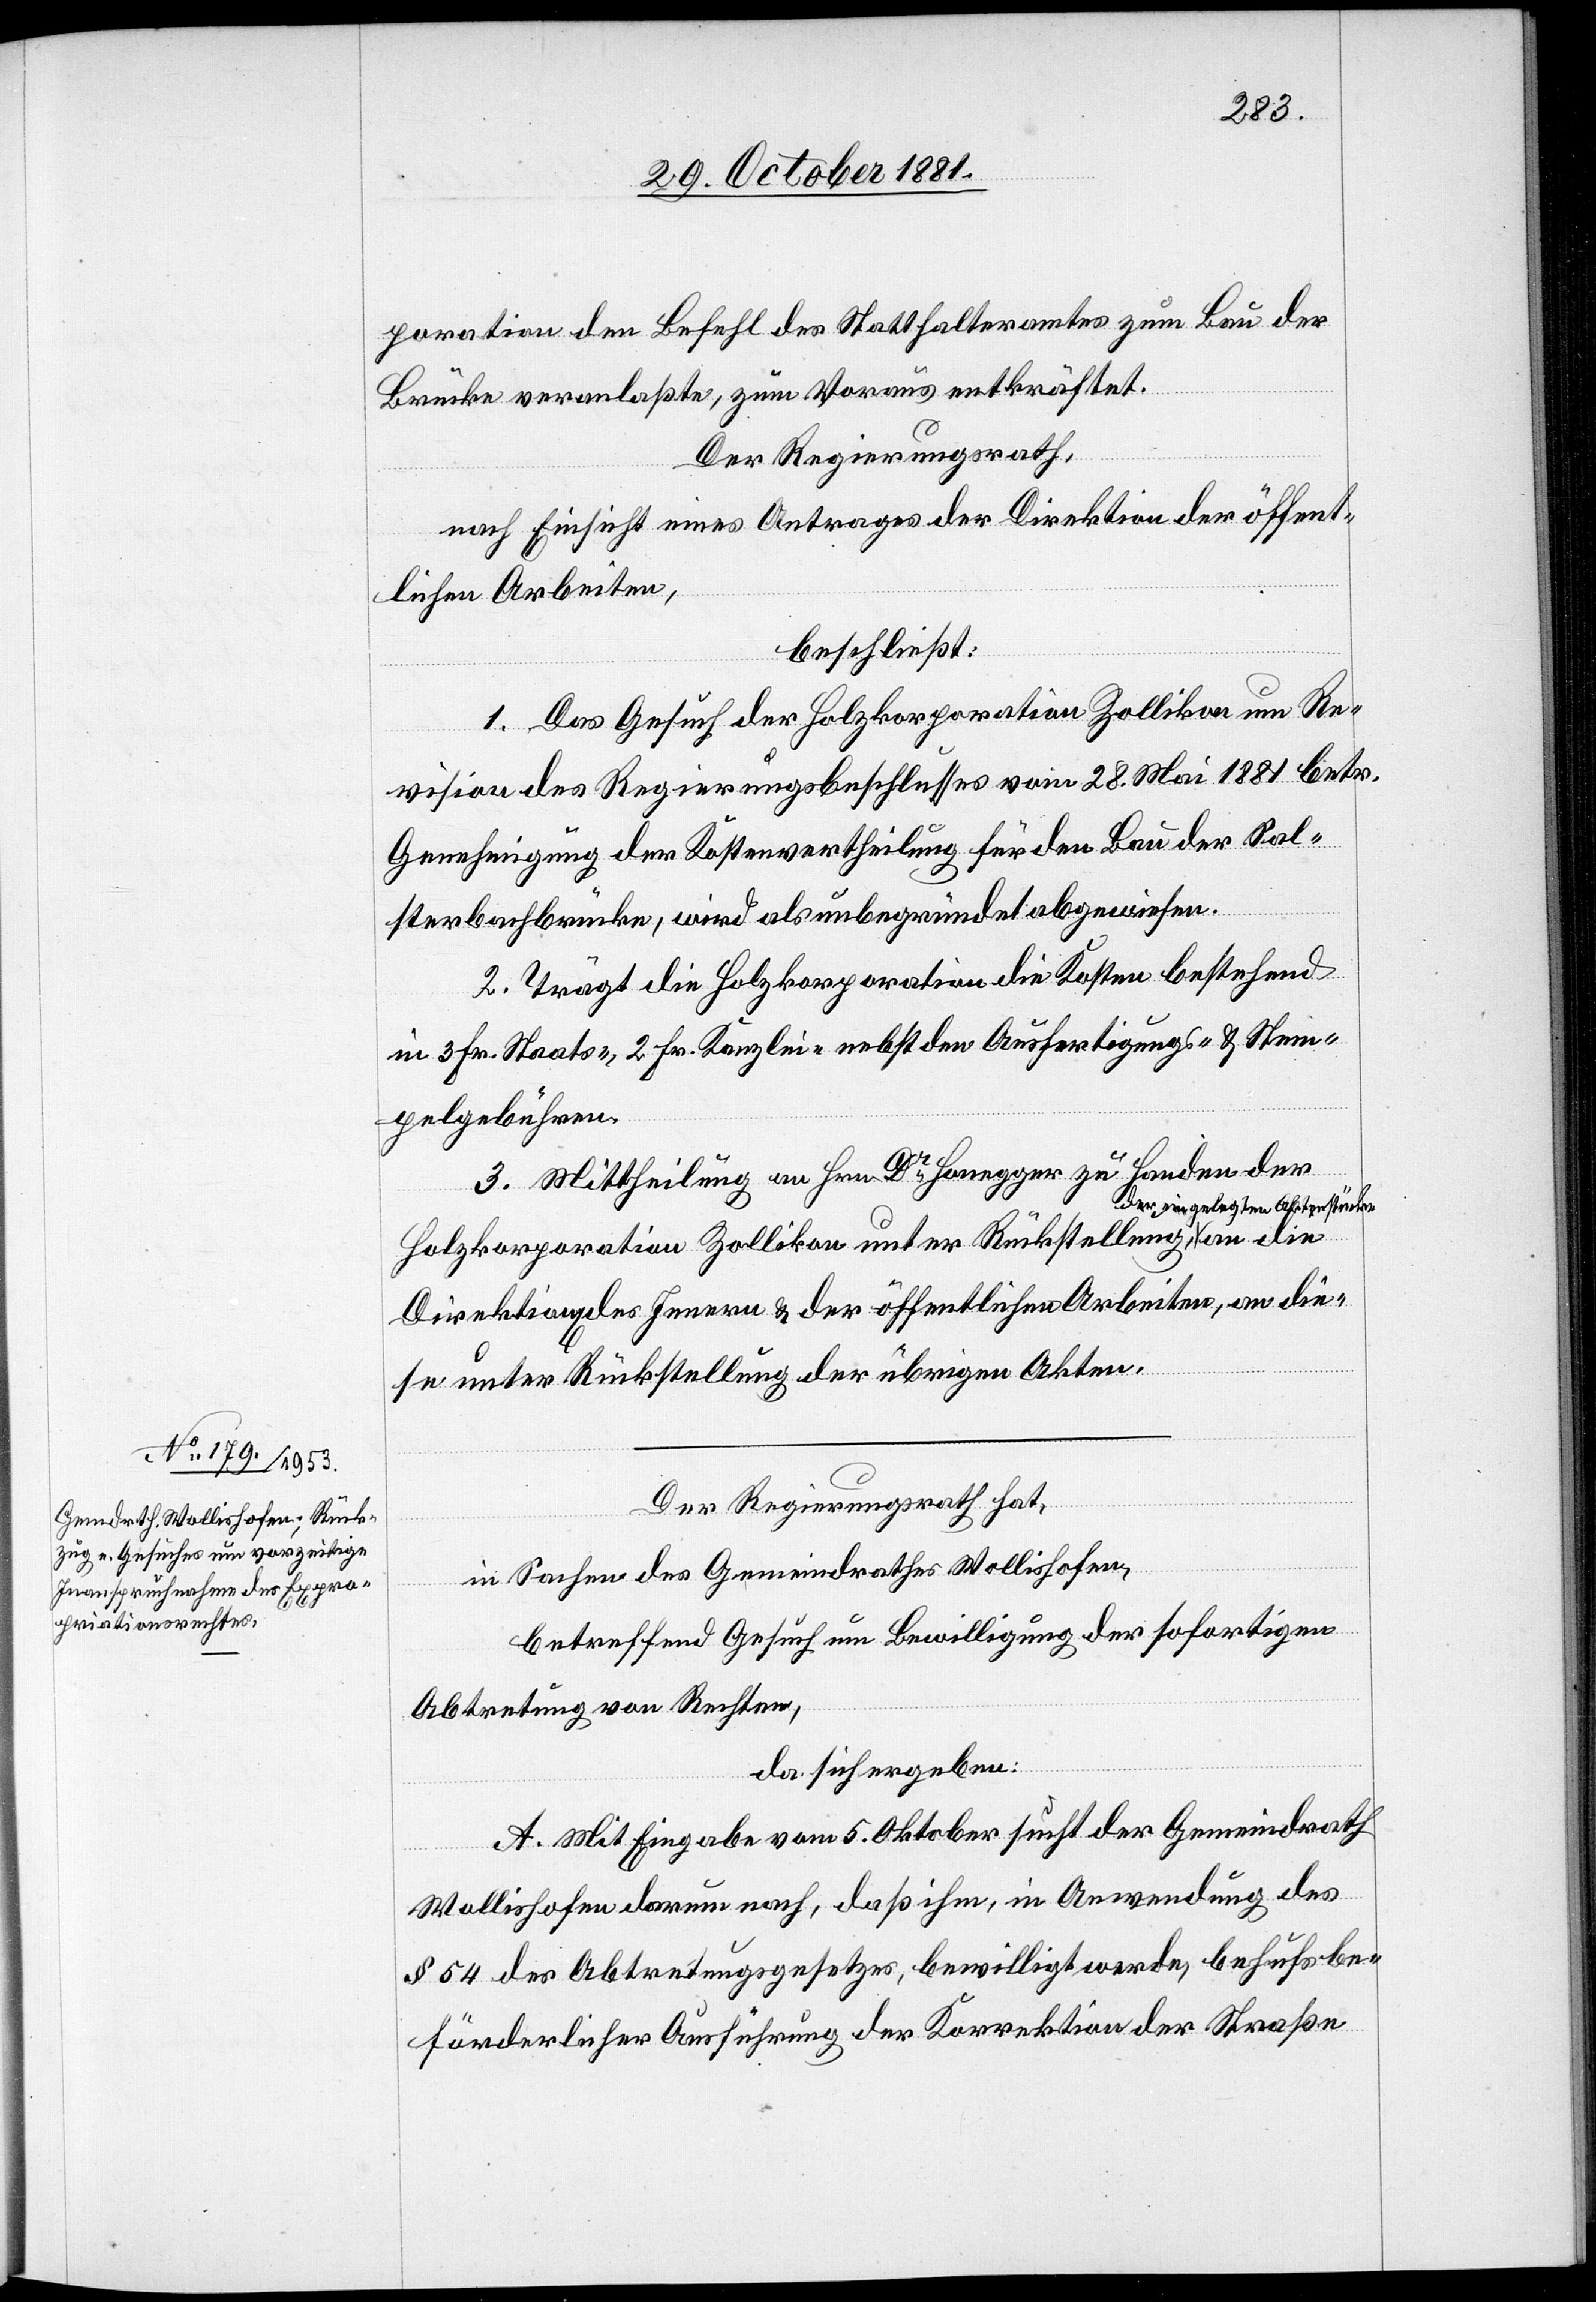
Der Regierungsrath hat,
in Sachen des Gemeindrathes Wollishofen,
betreffend Gesuch um Bewilligung der sofortigen
Abtretung von Rechten,
da sich ergeben:
A. Mit Eingabe vom 5. Oktober sucht der Gemeindrath
Wollishofen darum nach, daß ihm, in Anwendung des
§ 54 des Abtretungsgesetzes, bewilligt werde, behufs be¬
förderlicher Ausführung der Korrektion der Straßen